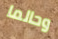
وحالما